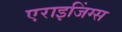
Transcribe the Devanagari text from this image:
एराइजिंग्स